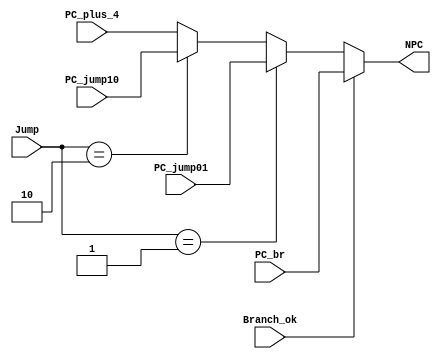
module npc(PC_plus_4,PC_br,PC_jump01,PC_jump10,Branch_ok,Jump,NPC);
	input [31:2]      PC_plus_4;
	input [31:2]  	  PC_br;
	input [31:2]	  PC_jump01;
	input [31:2]	  PC_jump10;
	input		 	  Branch_ok;
	input [1:0]	 	  Jump;
	output[31:2]      NPC;

	assign NPC = (Branch_ok==1) ? PC_br     :
		         ((Jump==2'b01) ? PC_jump01 : 
		         ((Jump==2'b10) ? PC_jump10 : PC_plus_4));
endmodule